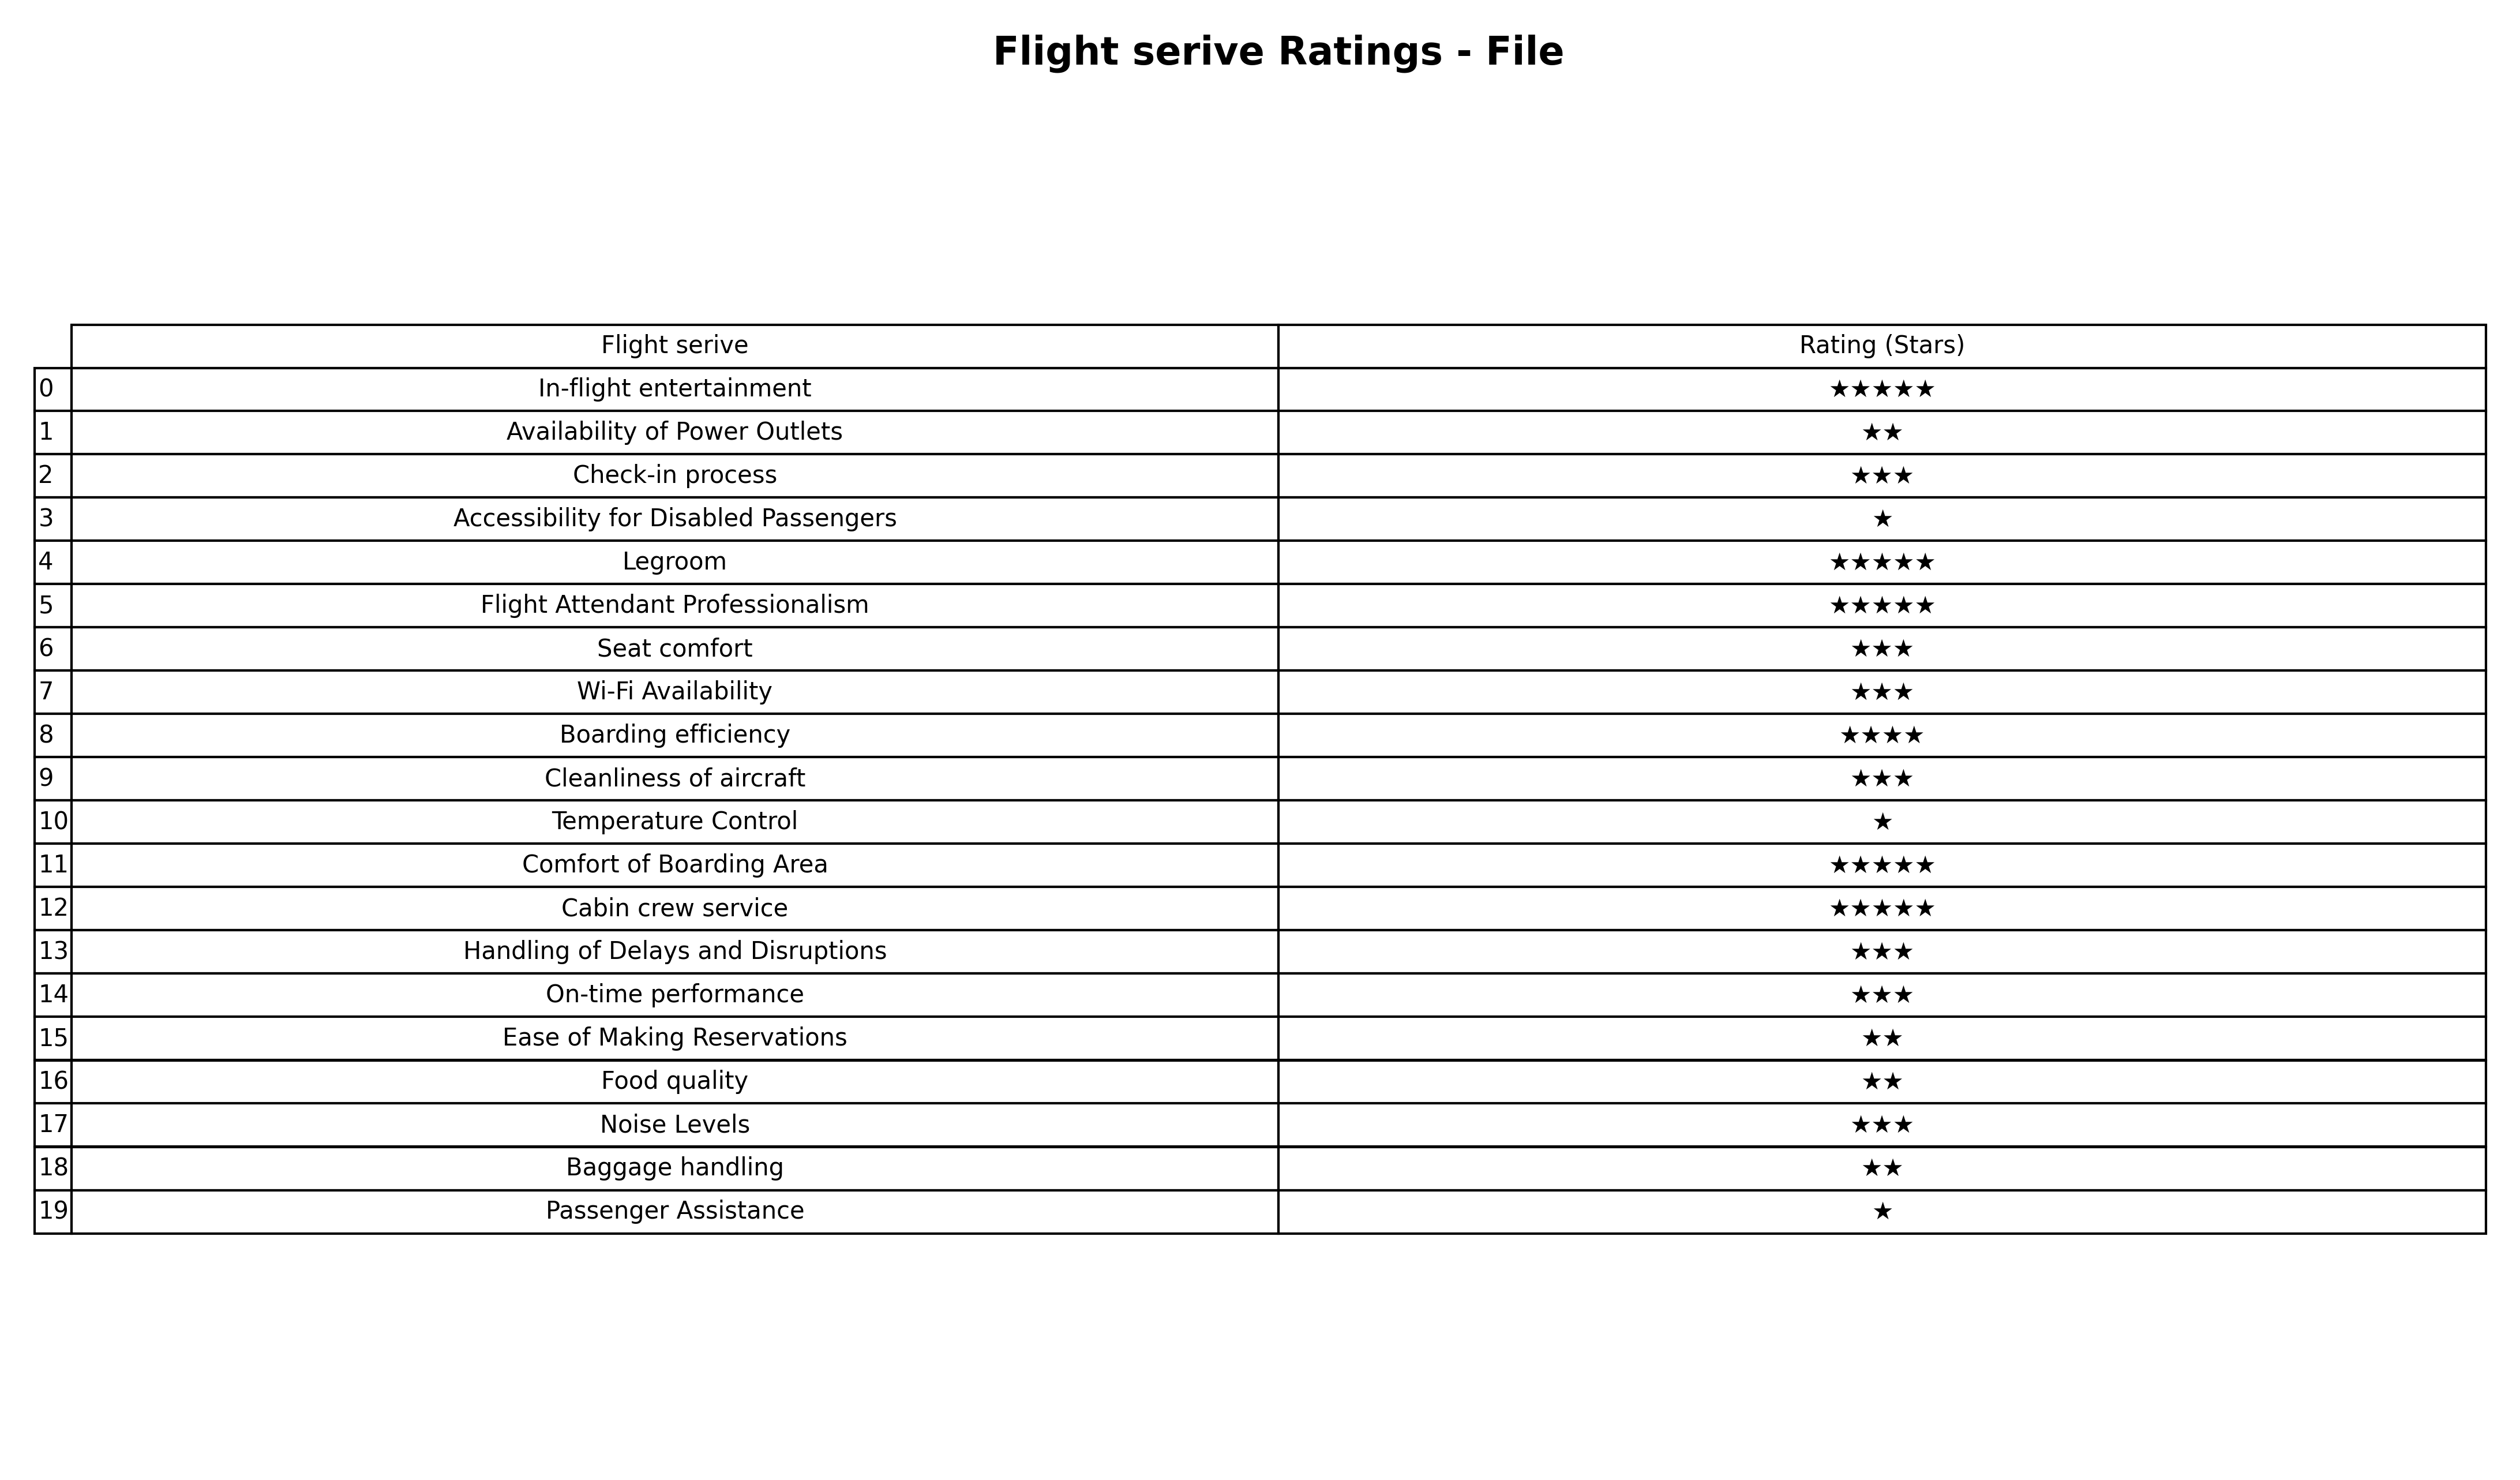
question: What are two star services?
answer: Availability of Power OutletsEase of Making ReservationsFood qualityBaggage handling